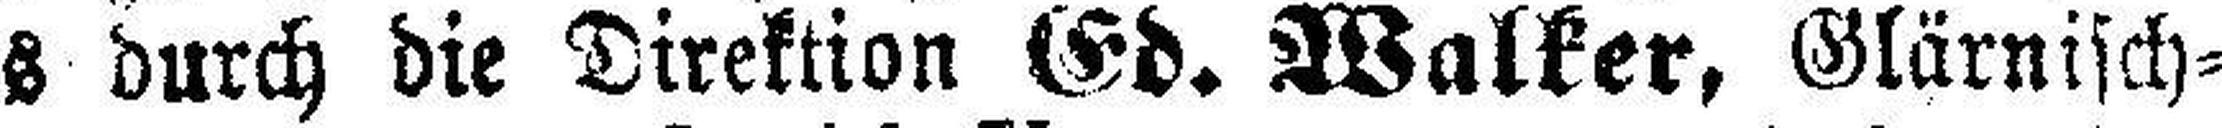
los durch die Direktion Ed. Walker, Glärnisch¬